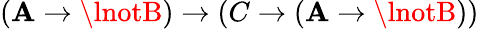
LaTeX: (\mathbf{A}\to\lnotB)\to(C\to(\mathbf{A}\to\lnotB))